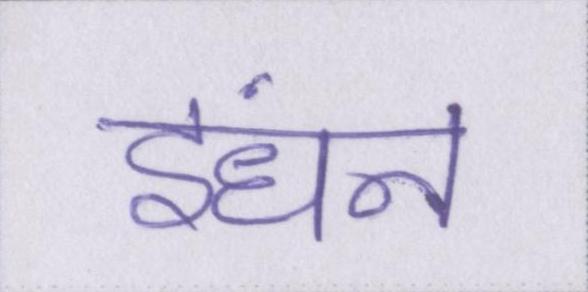
इंधन